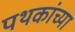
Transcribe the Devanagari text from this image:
पथकांच्या